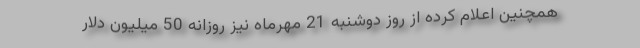
همچنین اعلام کرده از روز دوشنبه 21 مهرماه نیز روزانه 50 میلیون دلار